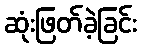
ဆုံးဖြတ်ခဲ့ခြင်း